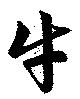
牛